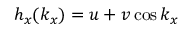
h _ { x } ( k _ { x } ) = u + v \cos k _ { x }